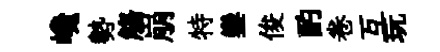
巉勢觴崩特鑾俊酌卷互玩